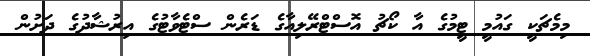
މިމެޗަކީ ގައުމީ ޓީމުގެ އާ ކޯޗު އޮސްޓްރޭލިއާގެ ޑަރެން ސްޓެވާޓުގެ އިރުޝާދުގެ ދަށުން